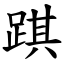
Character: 踑